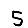
Digit: 5